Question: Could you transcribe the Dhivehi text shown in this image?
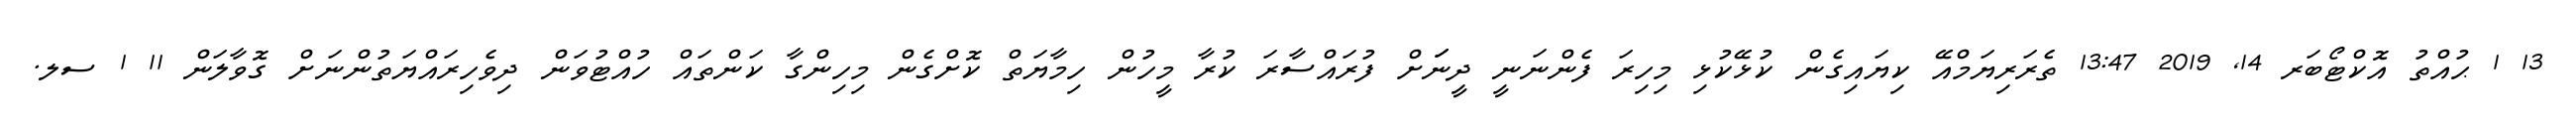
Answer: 13 1 ޙުއްތު އޮކްޓޯބަރ 14, 2019 13:47 ތެރަރިޔަމްއޭ ކިޔައިގެން ކުޅޭކުޅި މިހިރަ ފެންނަނީ ދީނަަށް ފުރައްސާރަ ކުރާ މީހުން ހިމާޔަތް ކޮށްގެން މިހިންގާ ކަންތައް ހުއްޓުވަން ދިވެހިރައްޔަތުންނަށް ގޮވާލަން 11 1 ސލ.